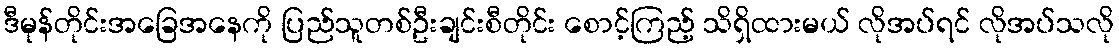
ဒီမုန်တိုင်းအခြေအနေကို ပြည်သူတစ်ဦးချင်းစီတိုင်း စောင့်ကြည့် သိရှိထားမယ် လိုအပ်ရင် လိုအပ်သလို